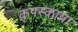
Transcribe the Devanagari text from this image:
कृपस्काया